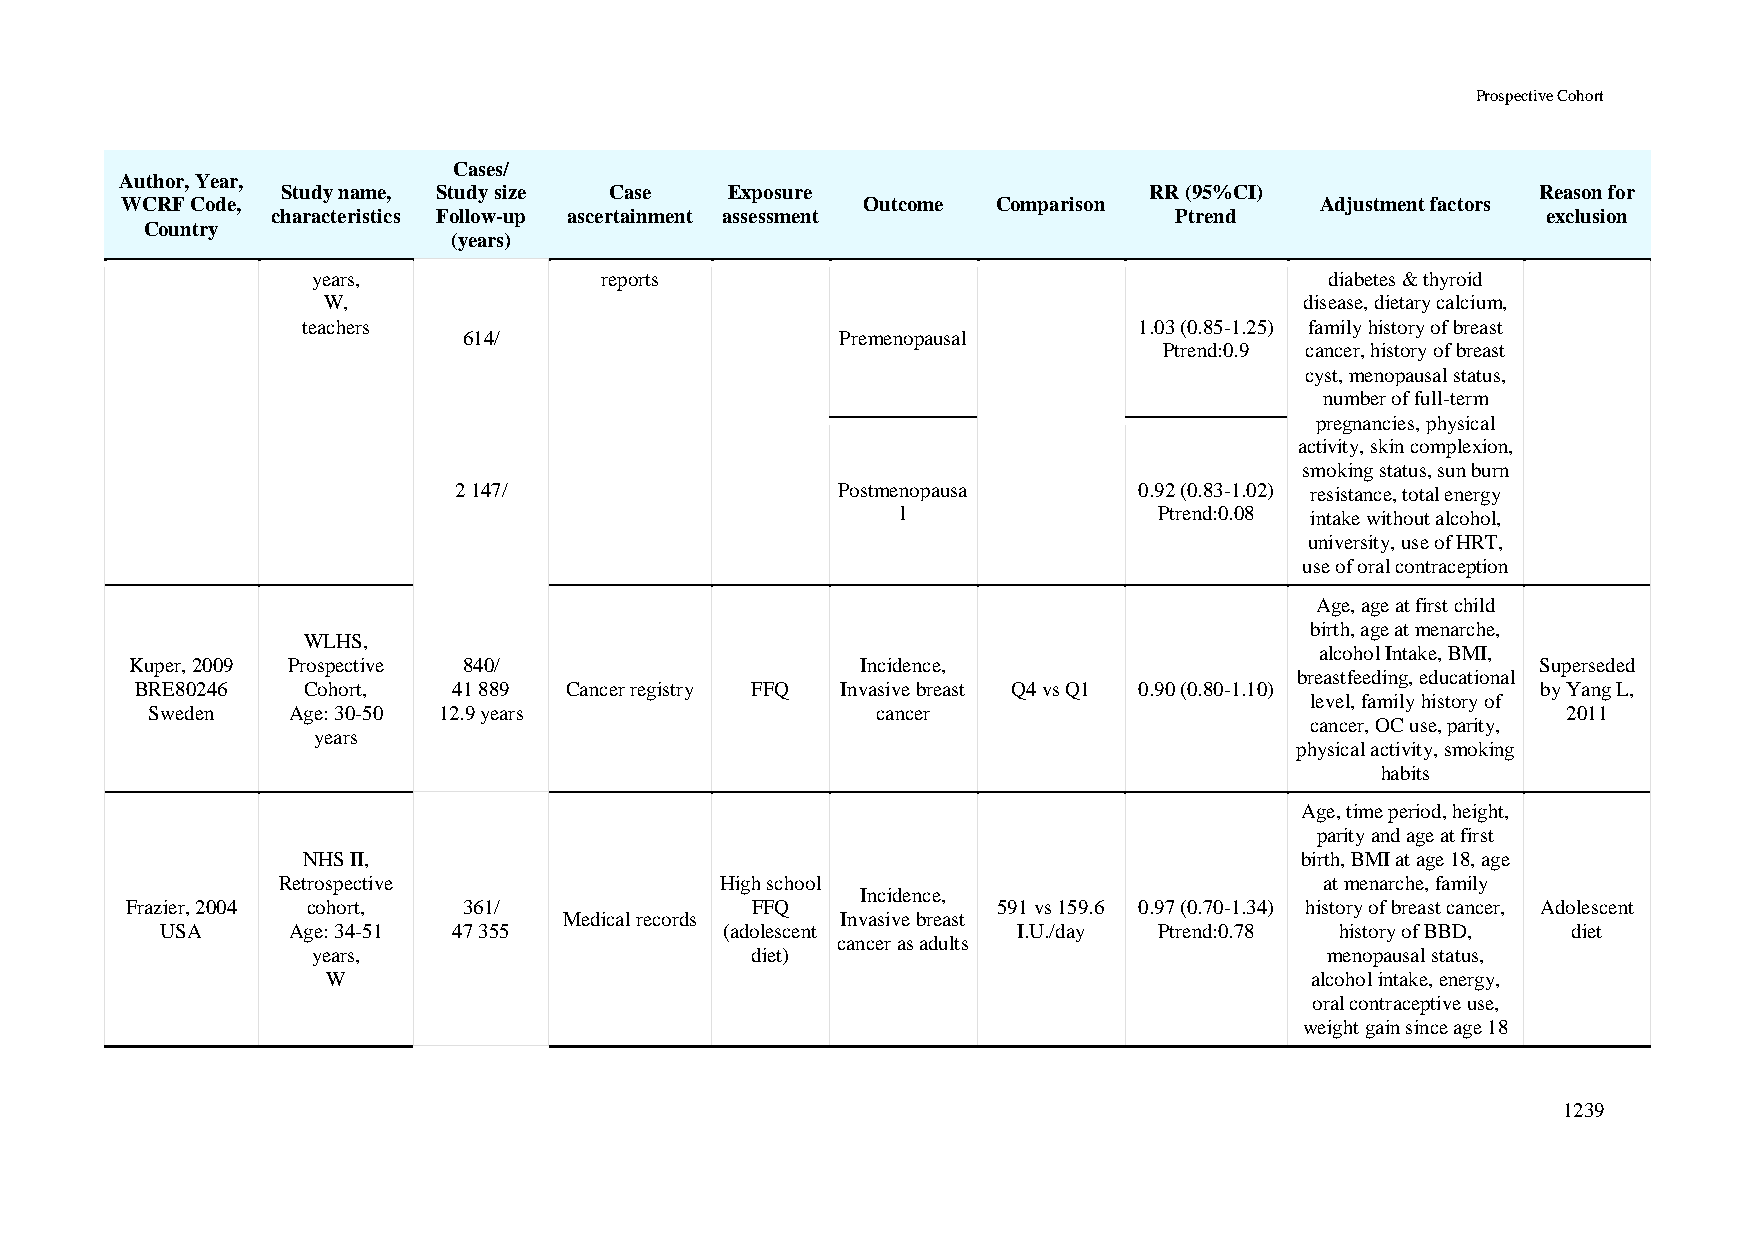
Prospective Cohort
 Cases/
 Author, Year,
 Study name, Study size Case  Exposure                    RR (95%CI)                Reason for
 WCRF Code,                                       Outcome  Comparison           Adjustment factors
 characteristics Follow-up ascertainment assessment          Ptrend                  exclusion
 Country
 (years)
 years,             reports                                         diabetes & thyroid
 W,                                                               disease, dietary calcium,
 teachers                                               1.03 (0.85-1.25) family history of breast
 614/                     Premenopausal
 Ptrend:0.9 cancer, history of breast
 cyst, menopausal status,
 number of full-term
 pregnancies, physical
 activity, skin complexion,
 smoking status, sun burn
 2 147/                   Postmenopausa       0.92 (0.83-1.02) resistance, total energy
 l                Ptrend:0.08 intake without alcohol,
 university, use of HRT,
 use of oral contraception
 Age, age at first child
 birth, age at menarche,
 WLHS,
 alcohol Intake, BMI,
 Kuper, 2009 Prospective 840/                    Incidence,                                   Superseded
 breastfeeding, educational
 BRE80246   Cohort,   41 889 Cancer registry FFQ Invasive breast Q4 vs Q1 0.90 (0.80-1.10)    by Yang L,
 level, family history of
 Sweden   Age: 30-50 12.9 years                  cancer                                        2011
 cancer, OC use, parity,
 years
 physical activity, smoking
 habits
 Age, time period, height,
 parity and age at first
 NHS II,                                                           birth, BMI at age 18, age
 Retrospective                 High school                             at menarche, family
 Incidence,
 Frazier, 2004 cohort,  361/               FFQ             591 vs 159.6 0.97 (0.70-1.34) history of breast cancer, Adolescent
 Medical records    Invasive breast
 USA     Age: 34-51 47 355            (adolescent        I.U./day  Ptrend:0.78 history of BBD, diet
 cancer as adults
 years,                       diet)                                 menopausal status,
 W                                                                alcohol intake, energy,
 oral contraceptive use,
 weight gain since age 18
 1239